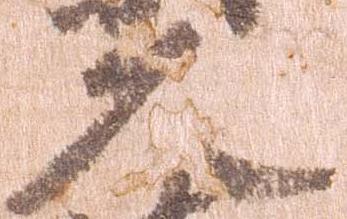
久